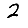
Digit: 2